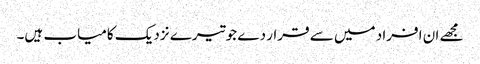
مجھے ان افراد میں سے قرار دے جو تیرے نزدیک کامیاب ہیں۔